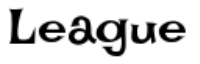
League